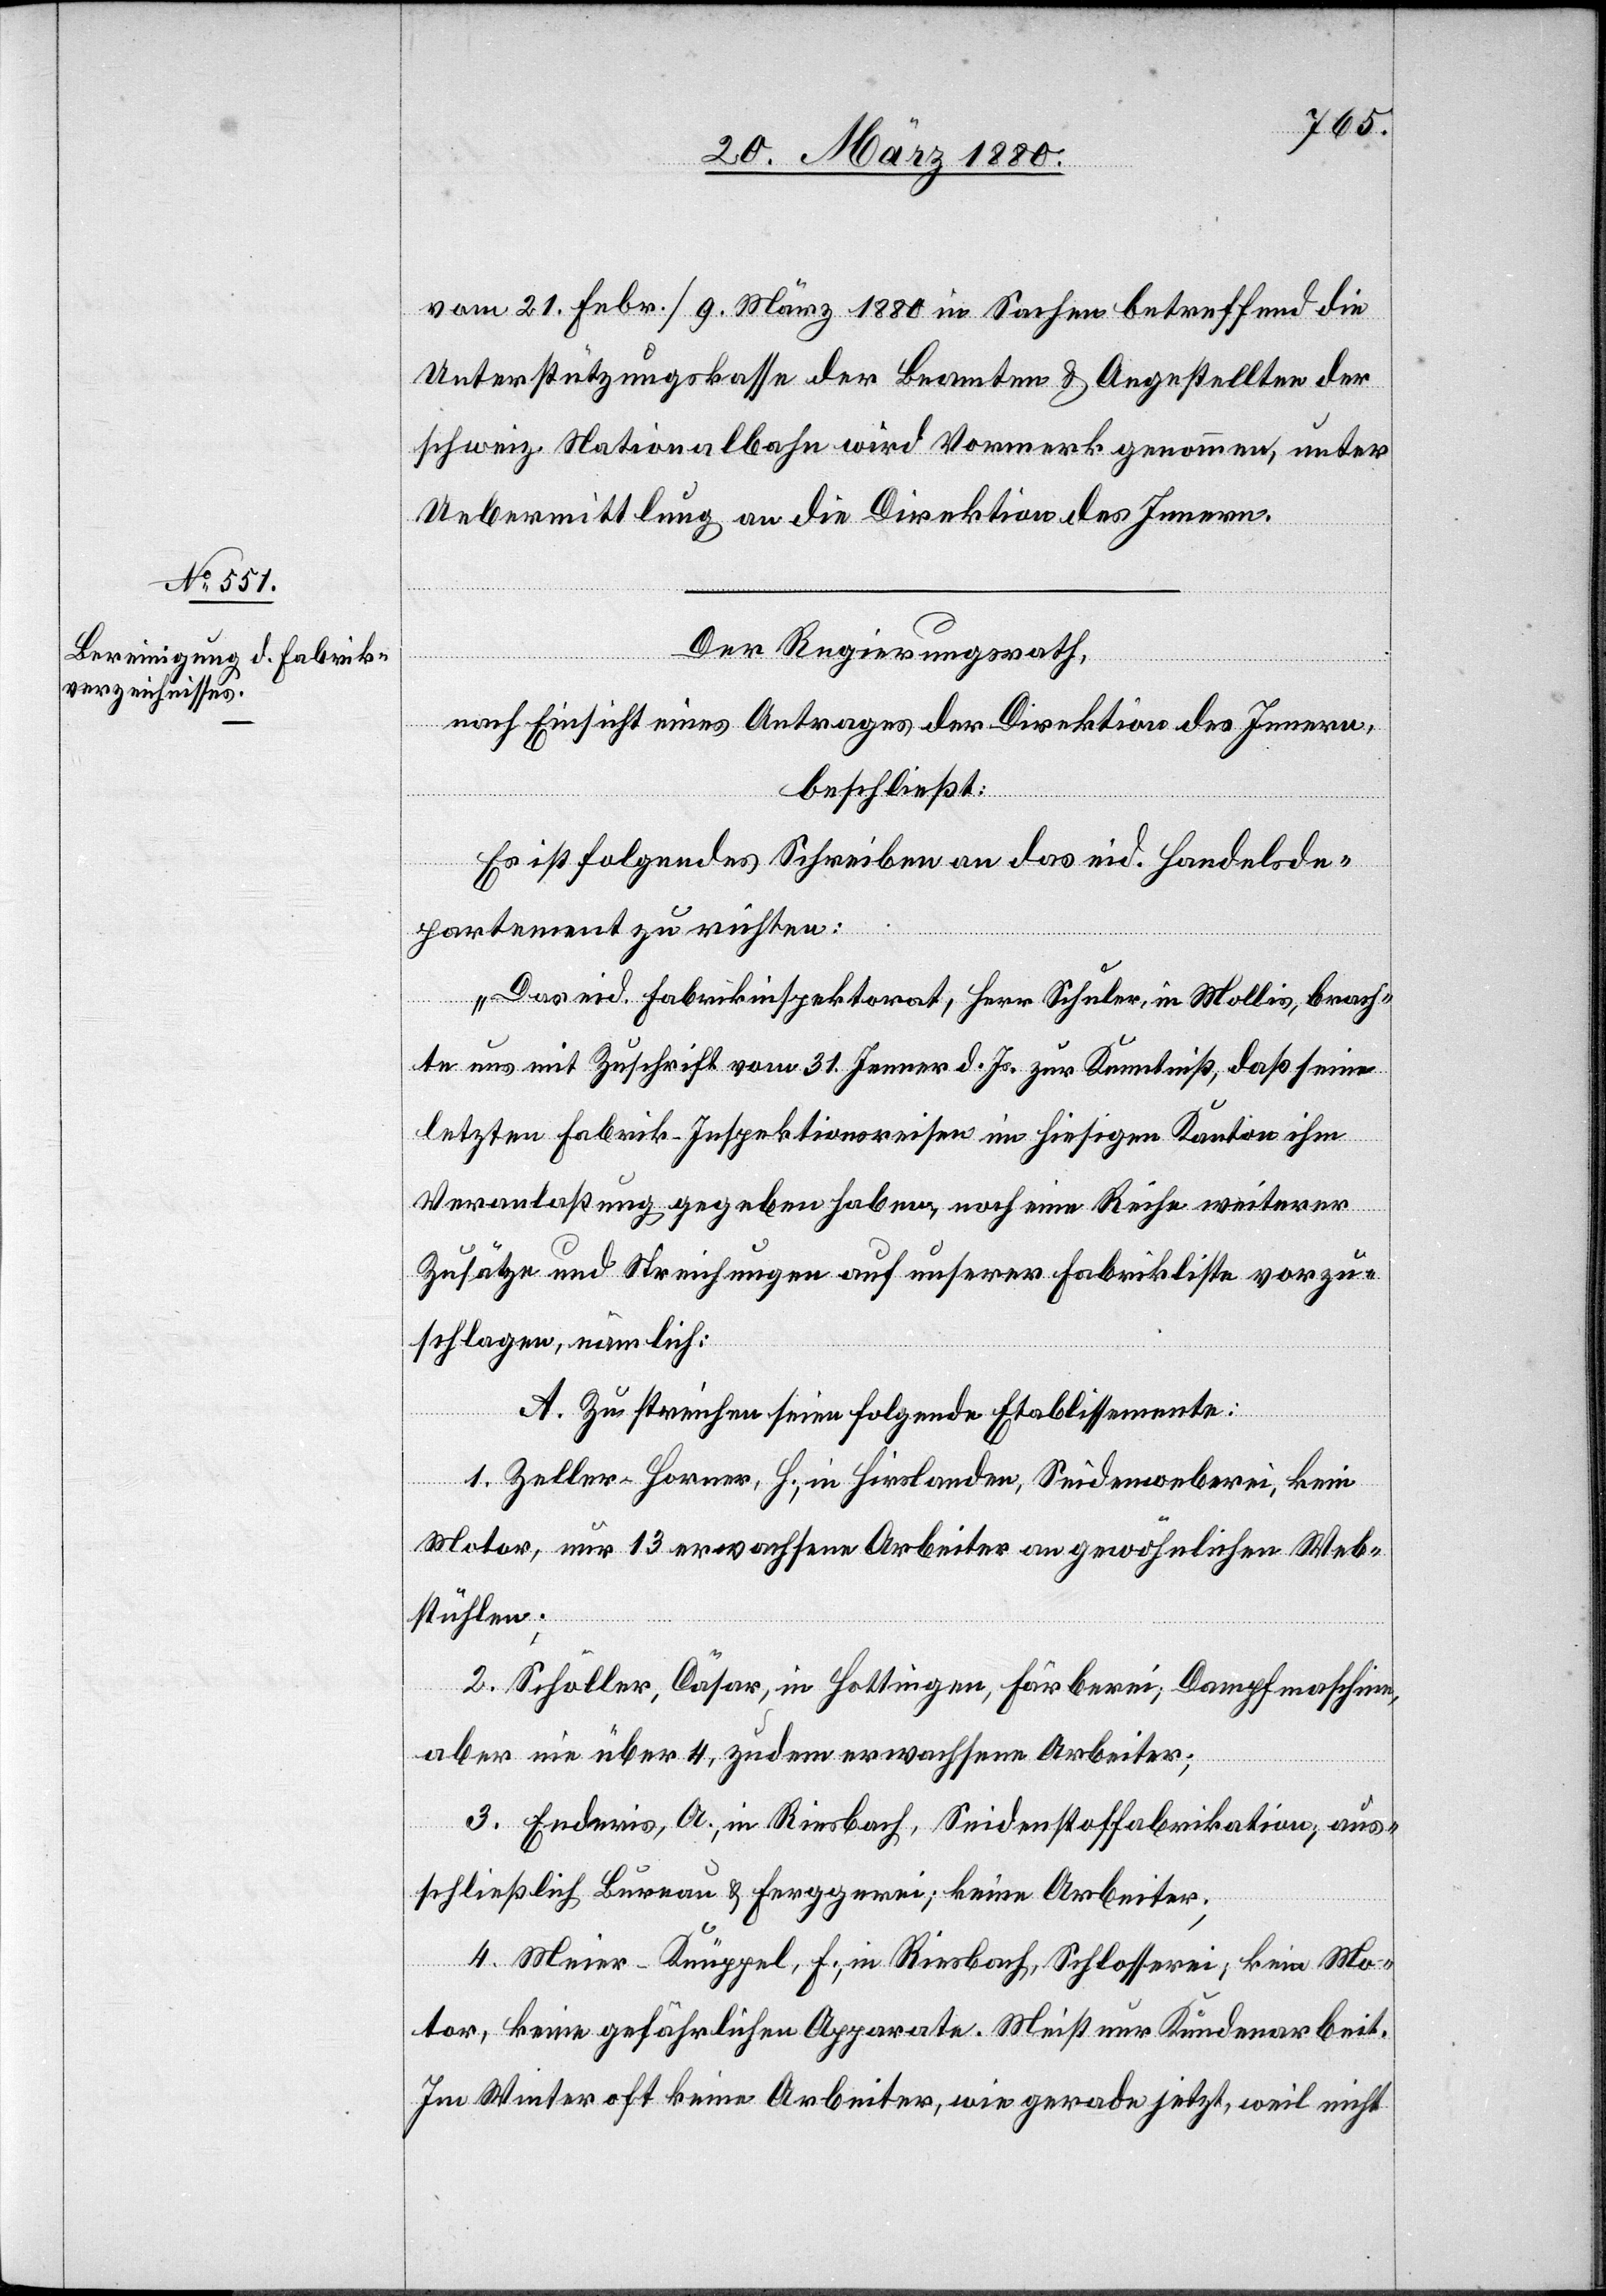
vom 21. Febr./9. März 1880 in Sachen betreffend die
Unterstützungskasse der Beamten & Angestellten der
schweiz. Nationalbahn wird Vormerk genommen, unter
Uebermittlung an die Direktion des Innern.
Der Regierungsrath,
nach Einsicht eines Antrages der Direktion des Innern,
beschließt:
Es ist folgendes Schreiben an das eid. Handelsde¬
partement zu richten:
„Das eid. Fabrikinspektorat, Herr Schuler in Mollis, brach¬
te uns mit Zuschrift vom 31. Jenner d. Js. zur Kenntniß, daß seine
letzten Fabrik-Inspektionsreisen im hiesigen Kanton ihm
Veranlaßung gegeben haben, noch eine Reihe weiterer
Zusätze und Streichungen auf unserer Fabrikliste vorzu¬
schlagen, nämlich:
A. Zu streichen seien folgende Etablissemente:
1. Zeller-Horner, H., in Hirslanden; Seidenweberei, kein
Motor, nur 13 erwachsene Arbeiter an gewöhnlichen Web¬
stühlen.
2. Schöller, Cäsar, in Hottingen, Fäbrerei; Dampfmaschine,
aber nie über 4, zudem erwachsener Arbeiter;
3. Eneries, A., in Riesbach, Seidenstoffabrikation, aus¬
schließlich Bureau & Ferggerei; keine Arbeiter;
4. Meier-Knüppel, F., in Riesbach, Schlosserei; kein Mo¬
tor, keine gefährlichen Apparate. Meist nur Kundenarbeit.
im Winter oft keine Arbeiter, wie gerade jetzt, weil nicht